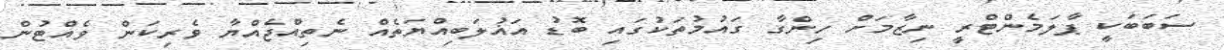
ސަބަބަކީ ޕާލަމެންޓްރީ ނިޒާމަށް ހިންގާ ގައުމުތަކުގައި ބޮޑު އަޣުލަބިއްޔަތެއް ނެތިއްޖެއްޔާ ވެރިކަން ވެއްޓުން